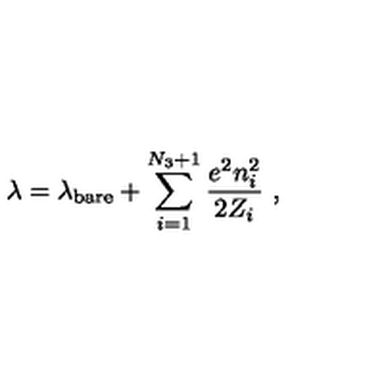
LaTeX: \lambda = \lambda _ { \mathrm { b a r e } } + \sum _ { i = 1 } ^ { N _ { 3 } + 1 } \frac { e ^ { 2 } n _ { i } ^ { 2 } } { 2 Z _ { i } } \ ,